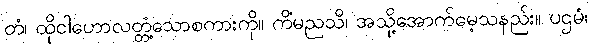
တံ၊ ထိုငါဟောလတ္တံ့သောစကားကို။ ကိံမညသိ၊ အသို့အောက်မေ့သနည်း။ ပဌမံ၊